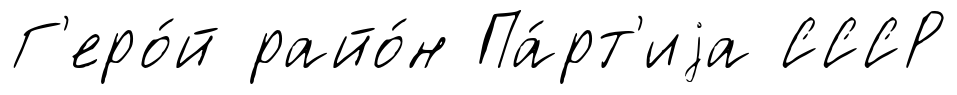
Г'еро́й райо́н Па́рт'иjа СССР